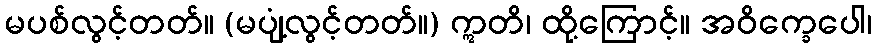
မပစ်လွင့်တတ်။ (မပျံ့လွင့်တတ်။) ဣတိ၊ ထို့ကြောင့်။ အဝိက္ခေပေါ၊